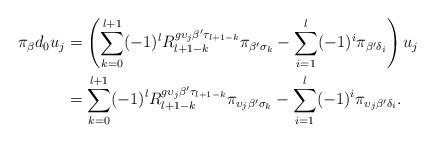
LaTeX: \begin{align*} \pi_\beta d_0u_j &=\left(\sum_{k=0}^{l+1} (-1)^{l} R_{l+1-k}^{g\upsilon_j\beta'\tau_{l+1-k}}\pi_{\beta'\sigma_k}-\sum_{i=1}^{l} (-1)^i\pi_{\beta'\delta_i}\right)u_j\\&= \sum_{k=0}^{l+1}(-1)^{l} R_{l+1-k}^{g\upsilon_j\beta'\tau_{l+1-k}}\pi_{\upsilon_j\beta'\sigma_k}-\sum_{i=1}^l (-1)^i\pi_{\upsilon_j\beta'\delta_i}.\end{align*}